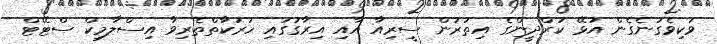
ވަކިވެގަނެގެން އުޅޭ ކުރްދީންގެ އިތުރުން ސީރިއާ އާއި އިރާގުގައި ހަރަކާތްތެރިވާ އިސްލާމިކް ސްޓޭޓް